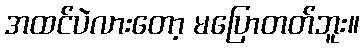
အထင်ပဲလားတော့ မပြောတတ်ဘူး။